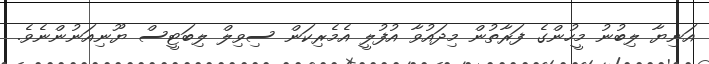
އަނިޔާ ލިބުނު މީހުންގެ ފަރާތުން މިދައުވާ އުފުލީ އެމެރިކަން ސިވިލް ލިބަޓީސް ޔޫނިއަނުންނެވެ.